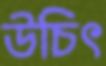
উচিৎ